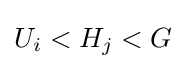
U_{i}<H_{j}<G